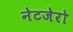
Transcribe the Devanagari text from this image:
नेटजेरो